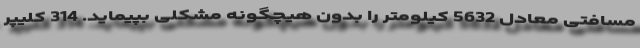
مسافتی معادل 5632 کیلومتر را بدون هیچگونه مشکلی بپیماید. 314 کلیپر